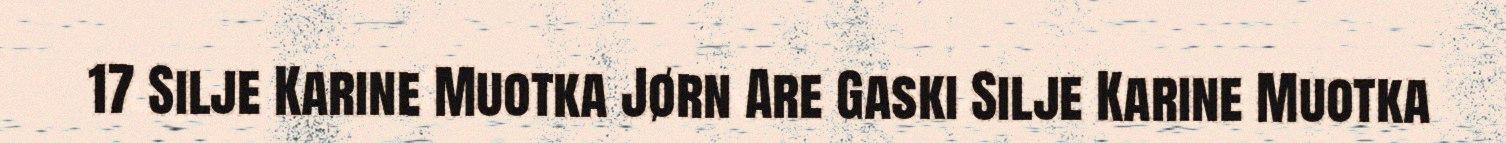
17 Silje Karine Muotka Jørn Are Gaski Silje Karine Muotka